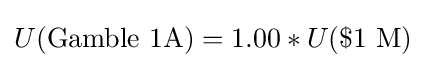
U({\text{Gamble 1A}})=1.00*U(\${\text{1 M}})